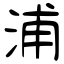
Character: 浦